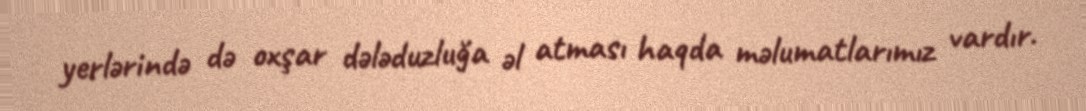
yerlərində də oxşar dələduzluğa əl atması haqda məlumatlarımız vardır.